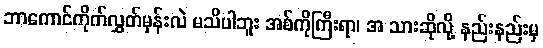
ဘာကောင်ကိုက်လွှတ်မှန်းလဲ မသိပါဘူး အစ်ကိုကြီးရာ၊ အ သားဆိုလို့ နည်းနည်းမှ